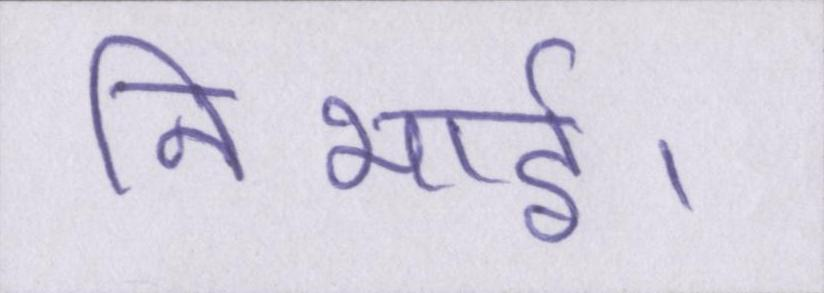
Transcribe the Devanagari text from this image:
निभाई।